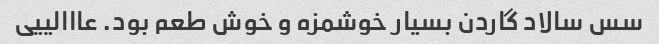
سس سالاد گاردن بسیار خوشمزه و خوش طعم بود. عااالییی